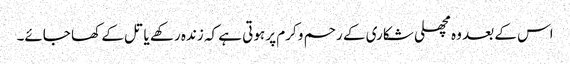
اس کے بعد وہ مچھلی شکاری کے رحم و کرم پر ہوتی ہے کہ زندہ رکھے یا تل کے کھا جائے۔